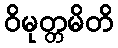
ဝိမုတ္တမိတိ